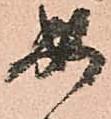
必